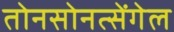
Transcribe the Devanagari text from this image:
तोनसोनत्सेंगेल